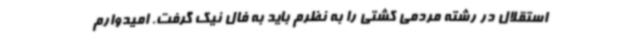
استقلال در رشته مردمی کشتی را به نظرم باید به فال نیک گرفت. امیدوارم